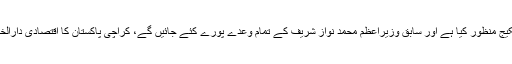
وزیرِاعظم نے کہا کہ حکومت نے کراچی کی ترقی کے لئے ریکارڈ پیکیج منظور کیا ہے اور سابق وزیرِاعظم محمد نواز شریف کے تمام وعدے پورے کئے جائیں گے، کراچی پاکستان کا اقتصادی دارالخلافہ ہے جس کوامن اور خوشحالی کا گہوارہ بنانا ہمارا مشترکہ ہدف ہے۔